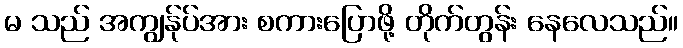
မ သည် အကျွန်ုပ်အား စကားပြောဖို့ တိုက်တွန်း နေလေသည်။